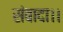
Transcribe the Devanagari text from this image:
संबादा।।